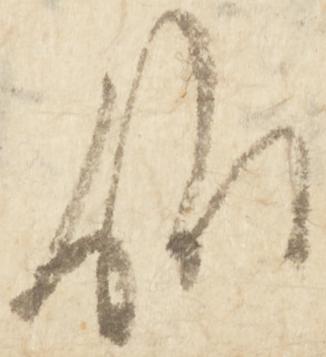
候